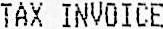
TAX INVOICE